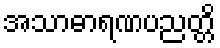
အသာဓာရဏပညတ္တိ